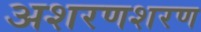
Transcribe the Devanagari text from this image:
अशरणशरण